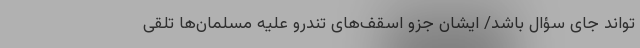
‌تواند جای سؤال باشد/ ایشان جزو اسقف‌های تندرو علیه مسلمان‌ها تلقی